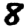
Digit: 8